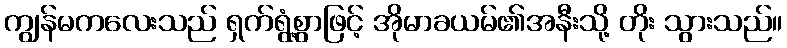
ကျွန်မကလေးသည် ရှက်ရွံ့စွာဖြင့် အိုမာခယမ်၏အနီးသို့ တိုး သွားသည်။